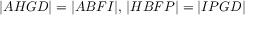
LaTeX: | A H G D | = | A B F I | , \, | H B F P | = | I P G D |